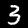
Label: 3